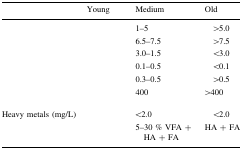
<table><thead><tr><td>[EMPTY_CELL]</td><td><b>Young</b></td><td><b>Medium</b></td><td><b>Old</b></td></tr></thead><tbody><tr><td>[EMPTY_CELL]</td><td>[EMPTY_CELL]</td><td>1–5</td><td>&gt;5.0</td></tr><tr><td>[EMPTY_CELL]</td><td>[EMPTY_CELL]</td><td>6.5–7.5</td><td>&gt;7.5</td></tr><tr><td>[EMPTY_CELL]</td><td>[EMPTY_CELL]</td><td>3.0–1.5</td><td>&lt;3.0</td></tr><tr><td>[EMPTY_CELL]</td><td>[EMPTY_CELL]</td><td>0.1–0.5</td><td>&lt;0.1</td></tr><tr><td>[EMPTY_CELL]</td><td>[EMPTY_CELL]</td><td>0.3–0.5</td><td>&gt;0.5</td></tr><tr><td>[EMPTY_CELL]</td><td>[EMPTY_CELL]</td><td>400</td><td>&gt;400</td></tr><tr><td>Heavy metals (mg/L)</td><td>[EMPTY_CELL]</td><td>&lt;2.0</td><td>&lt;2.0</td></tr><tr><td>[EMPTY_CELL]</td><td>[EMPTY_CELL]</td><td>5–30 % VFA + HA + FA</td><td>HA + FA</td></tr></tbody></table>